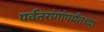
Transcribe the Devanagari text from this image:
पर्वतरांगांपर्यंतच्या